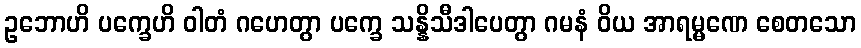
ဥဘောဟိ ပက္ခေဟိ ဝါတံ ဂဟေတွာ ပက္ခေ သန္နိသီဒါပေတွာ ဂမနံ ဝိယ အာရမ္မဏေ စေတသော